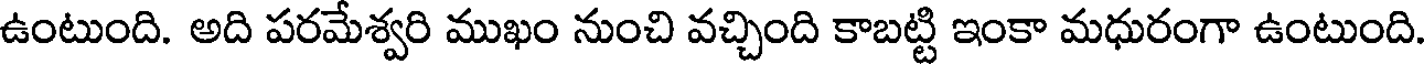
ఉంటుంది. అది పరమేశ్వరి ముఖం నుంచి వచ్చింది కాబట్టి ఇంకా మధురంగా ఉంటుంది